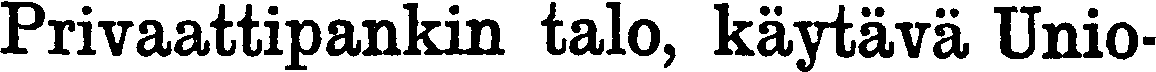
Privaattipankin talo, käytävä Unio-